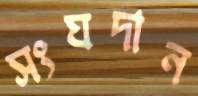
সংঘদান